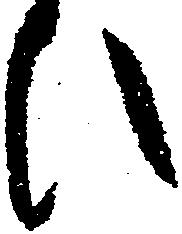
ひ